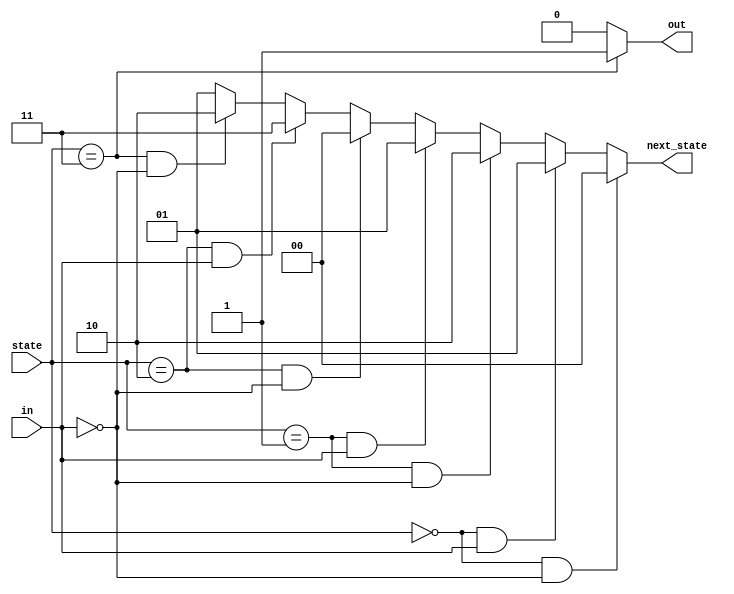
module top_module(
    input in,
    input [1:0] state,
    output [1:0] next_state,
    output out); //

    parameter A=2'b00, B=2'b01, C=2'b10, D=2'b11;

    // State transition logic: next_state = f(state, in)
    always @(*) begin
        if(state == A & in == 0)
            next_state <= A;
        else if(state == A & in == 1)
            next_state <= B;
        else if(state == B & in == 0)
            next_state <= C;
        else if(state == B & in == 1)
            next_state <= B;
        else if(state == C & in == 0)
            next_state <= A;
        else if(state == C & in == 1)
            next_state <= D;
        else if(state == D & in == 0)
            next_state <= C;
        else
            next_state <= B;
    end

    // Output logic:  out = f(state) for a Moore state machine
    assign out = (state==D) ? 1'b1 : 1'b0;

endmodule